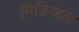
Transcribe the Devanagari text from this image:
मिडिव्हल